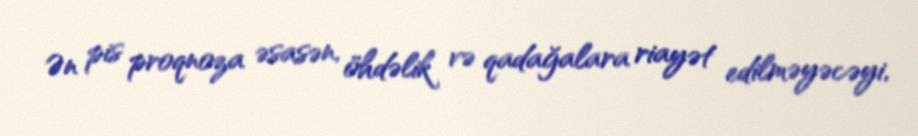
Ən pis proqnoza əsasən, öhdəlik və qadağalara riayət edilməyəcəyi,